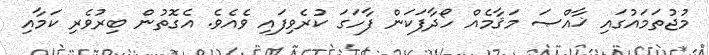
މުޖުތަމައުގައި ޚާއްޞަ މަޤާމެއް ހޯދާފަކަން ފާހަގަ ކުރެވިފައި ވެއެވެ. އެގޮތުން ބިރުވެރި ކަމާއި